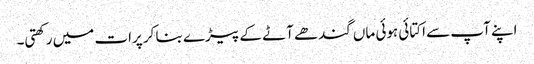
اپنے آپ سے اکتائی ہوئی ماں گندھے آٹے کے پیڑے بنا کر پرات میں رکھتی۔